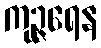
ကုဉ္ဇရေန